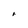
Character: r